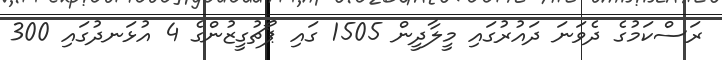
ރަސްކަމުގެ ދެވަނަ ދައުރުގައި މީލާދީން 1505 ގައި ޕޯޗުގީޒުންގެ 4 އުޅަނދުގައި 300